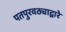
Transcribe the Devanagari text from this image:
पतपुरवठ्याद्वारे